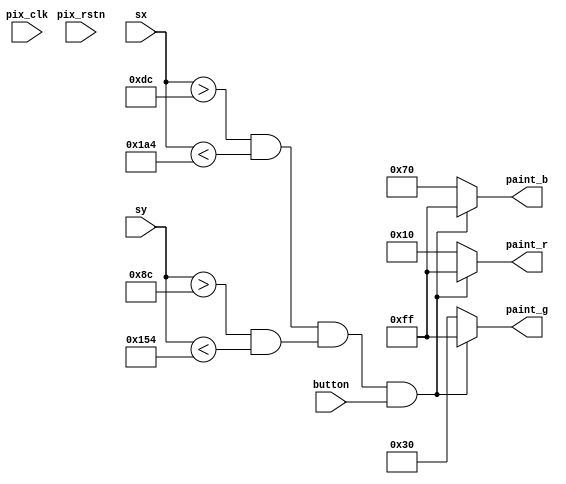
module graphic (
    input  pix_clk,
    input  pix_rstn,

    input  [15:0] sx,
    input  [15:0] sy,
    input  button,

    output [7:0]  paint_r,
    output [7:0]  paint_g,
    output [7:0]  paint_b
);

wire in_squre;
assign in_squre = (sx > 220 && sx < 420) && (sy > 140 && sy < 340);

assign paint_r = in_squre && button ? 8'hFF : 8'h10;
assign paint_g = in_squre && button ? 8'hFF : 8'h30;
assign paint_b = in_squre && button ? 8'hFF : 8'h70;

endmodule